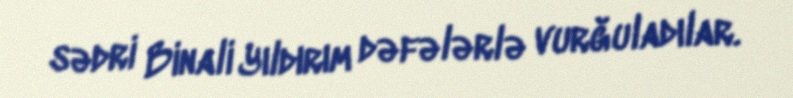
sədri Binali Yıldırım dəfələrlə vurğuladılar.